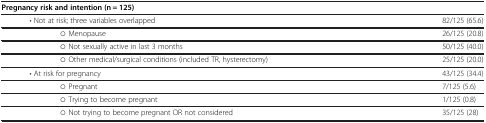
<table><thead><tr><td><b>Pregnancy risk and intention (n = 125)</b></td><td><b> </b></td></tr></thead><tbody><tr><td>• Not at risk; three variables overlapped</td><td>82/125 (65.6)</td></tr><tr><td>○ Menopause</td><td>26/125 (20.8)</td></tr><tr><td>○ Not sexually active in last 3 months</td><td>50/125 (40.0)</td></tr><tr><td>○ Other medical/surgical conditions (included TR, hysterectomy)</td><td>25/125 (20.0)</td></tr><tr><td>• At risk for pregnancy</td><td>43/125 (34.4)</td></tr><tr><td>○ Pregnant</td><td>7/125 (5.6)</td></tr><tr><td>○ Trying to become pregnant</td><td>1/125 (0.8)</td></tr><tr><td>○ Not trying to become pregnant OR not considered</td><td>35/125 (28)</td></tr></tbody></table>